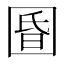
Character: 𱖀